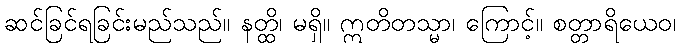
ဆင်ခြင်ရခြင်းမည်သည်။ နတ္ထိ၊ မရှိ။ ဣတိတသ္မာ၊ ကြောင့်။ စတ္တာရိယေဝ၊